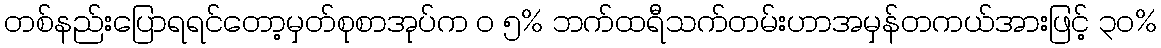
တစ်နည်းပြောရရင်တော့မှတ်စုစာအုပ်က ၀ ၅% ဘက်ထရီသက်တမ်းဟာအမှန်တကယ်အားဖြင့် ၃၀%